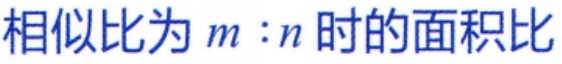
相似比为 \(m:n\) 时的面积比